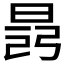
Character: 𣇎